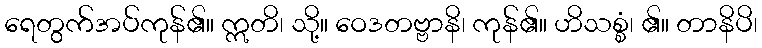
ရေတွက်အပ်ကုန်၏။ ဣတိ၊ သို့။ ဝေဒတဗ္ဗာနိ၊ ကုန်၏။ ဟိသစ္စံ၊ ၏။ တာနိပိ၊